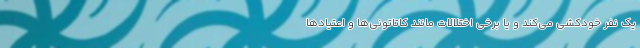
یک نفر خودکشی می‌کند و یا برخی اختلالات مانند کاتاتونی‌ها و اعتیادها